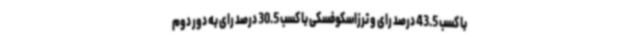
با کسب 43.5 درصد رای و ترزاسکوفسکی با کسب 30.5 درصد رای به دور دوم